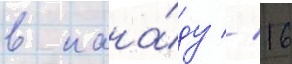
в кана́ду // 16